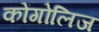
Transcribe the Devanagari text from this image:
कोंगोलिज